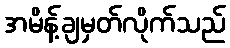
အမိန့်ချမှတ်လိုက်သည်